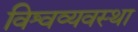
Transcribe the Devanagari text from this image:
विश्वव्यवस्था